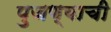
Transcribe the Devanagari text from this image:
पुजण्याची